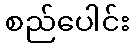
စည်ပေါင်း